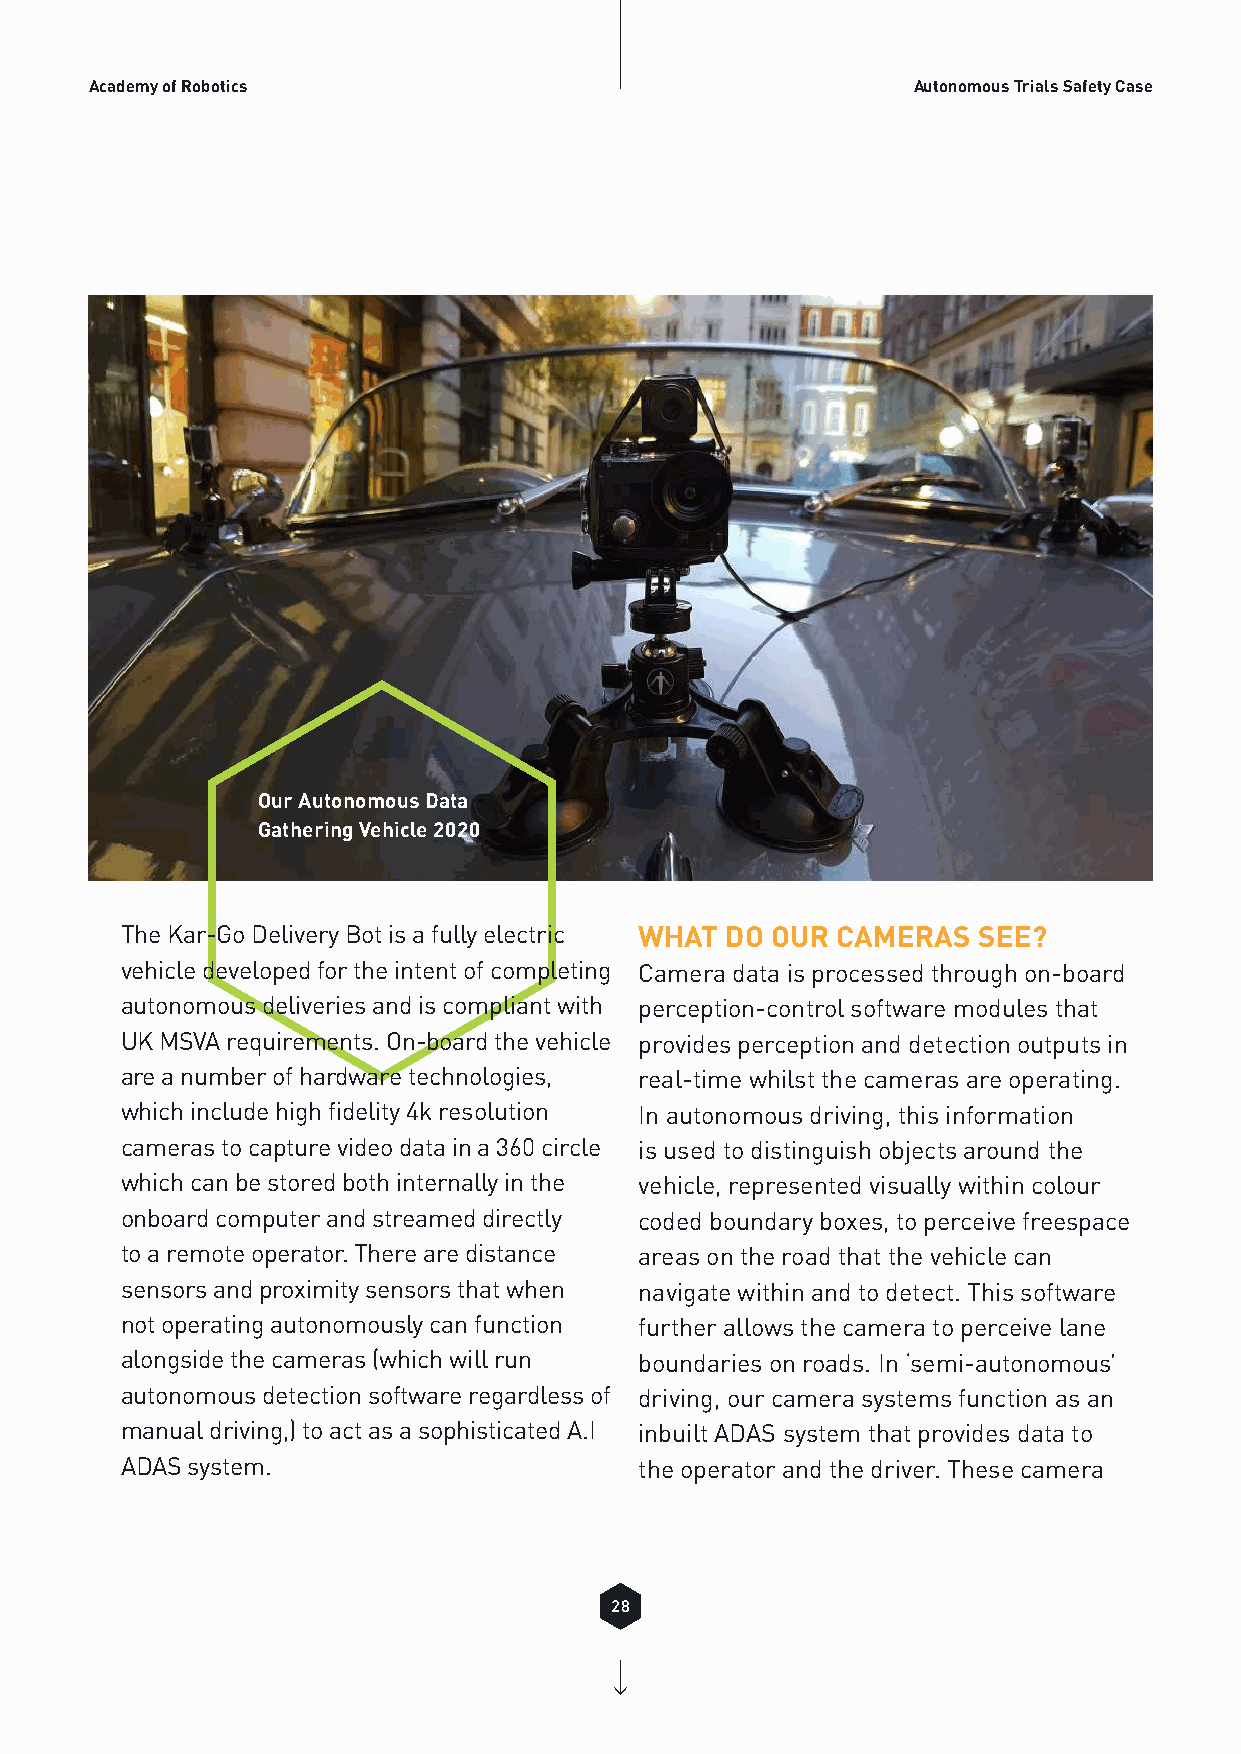
Academy of Robotics                                   Autonomous Trials Safety Case
 Our Autonomous Data
 Gathering Vehicle 2020
 The Kar-Go Delivery Bot is a fully electric WHAT DO OUR CAMERAS SEE?
 vehicle developed for the intent of completing Camera data is processed through on-board
 autonomous deliveries and is compliant with perception-control software modules that
 UK MSVA requirements. On-board the vehicle provides perception and detection outputs in
 are a number of hardware technologies, real-time whilst the cameras are operating.
 which include high fidelity 4k resolution In autonomous driving, this information
 cameras to capture video data in a 360 circle is used to distinguish objects around the
 which can be stored both internally in the vehicle, represented visually within colour
 onboard computer and streamed directly coded boundary boxes, to perceive freespace
 to a remote operator. There are distance areas on the road that the vehicle can
 sensors and proximity sensors that when navigate within and to detect. This software
 not operating autonomously can function further allows the camera to perceive lane
 alongside the cameras (which will run boundaries on roads. In ‘semi-autonomous’
 autonomous detection software regardless of driving, our camera systems function as an
 manual driving,) to act as a sophisticated A.I inbuilt ADAS system that provides data to
 ADAS system.                      the operator and the driver. These camera
 28